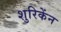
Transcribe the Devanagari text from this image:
शुरिकेंन